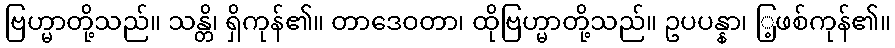
ဗြဟ္မာတို့သည်။ သန္တိ၊ ရှိကုန်၏။ တာဒေဝတာ၊ ထိုဗြဟ္မာတို့သည်။ ဥပပန္နာ၊ ြ့ဖစ်ကုန်၏။